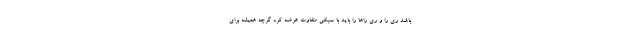
باشد ری را و ری راها را باید با سبکی متفاوت عرضه کرد گرچه همیشه برای